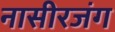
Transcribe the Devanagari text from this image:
नासीरजंग